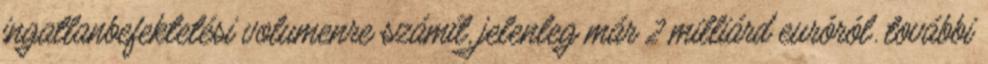
ingatlanbefektetési volumenre számít, jelenleg már 2 milliárd euróról. további